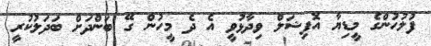
ފުލުހުންގެ މީޑިޔާ އޮފިޝަލް ވިދާޅުވީ އެ ދެ މީހުން ގޭ ބަންދަށް ބަދަލުކުރީ